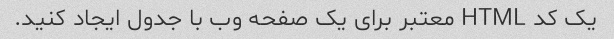
یک کد HTML معتبر برای یک صفحه وب با جدول ایجاد کنید.